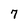
Character: 7